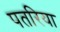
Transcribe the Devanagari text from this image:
पतरिया